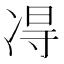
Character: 𫥐